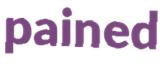
pained